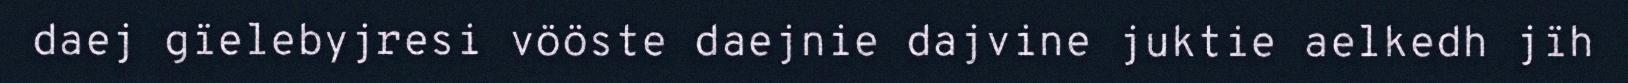
daej gïelebyjresi vööste daejnie dajvine juktie aelkedh jïh